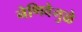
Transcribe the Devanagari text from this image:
नेणिवेमुळे